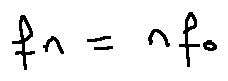
f _ { n } = n f _ { 0 }